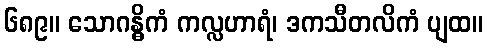
၆၈၉။ သောဂန္ဓိကံ ကလ္လဟာရံ၊ ဒကသီတလိကံ ပျထ။